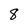
Character: 8